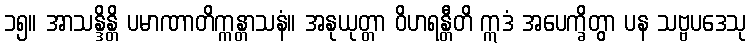
၁၅။ အာသန္ဒိန္တိ ပမာဏာတိက္ကန္တာသနံ။ အနုယုတ္တာ ဝိဟရန္တီတိ ဣဒံ အပေက္ခိတွာ ပန သဗ္ဗပဒေသု